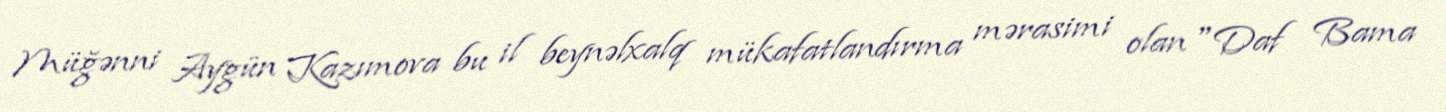
Müğənni Aygün Kazımova bu il beynəlxalq mükafatlandırma mərasimi olan "Daf Bama